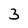
Character: 3